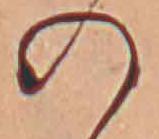
の